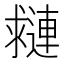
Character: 𨘑